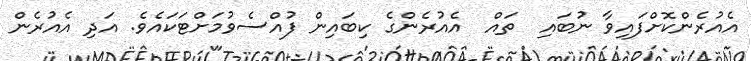
އެއުރެންކޮށްފައިވާ ނުބައި  ތައް  އެއުރެންގެ ކިބައިން ފުއްސެވުމަށްޓަކައެވެ. އަދި އެއުރެން